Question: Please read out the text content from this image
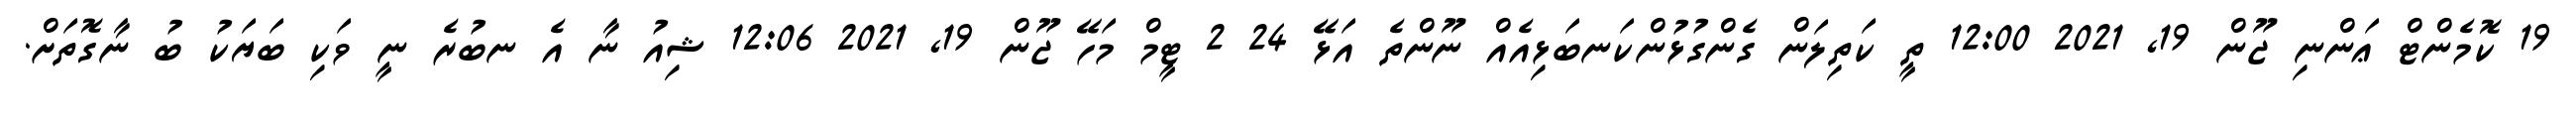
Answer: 19 ކޮމެންޓް ޢަންނި ޖޫން 19, 2021 12:00 ތީ ކަތިލަން ގެންގުޅުންކަނބަޅިއެއް ނޫންތެ އަޅޭ 24 2 ޓީމް މަހޭ ޖޫން 19, 2021 12:06 ޝިއު ނާ އެ ނބުރެ ނީ ވަކި ބަޔަކު ބު ނާގޮތަށް.